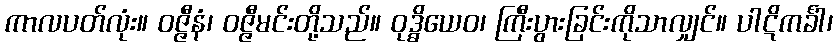
ကာလပတ်လုံး။ ဝဇ္ဇီနံ၊ ဝဇ္ဇီမင်းတို့သည်။ ဝုဒ္ဓိယေဝ၊ ကြီးပွားခြင်းကိုသာလျှင်။ ပါဋိကင်္ခါ၊